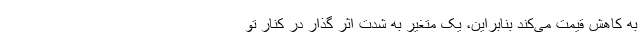
به کاهش قیمت می‌کند بنابراین، یک متغیر به شدت اثر گذار در کنار تو